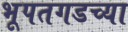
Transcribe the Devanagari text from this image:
भूपतगडच्या